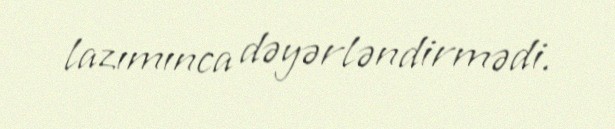
lazımınca dəyərləndirmədi.